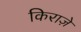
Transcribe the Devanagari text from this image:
किराज़े